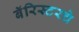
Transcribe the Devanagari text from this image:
बॅरिस्टरचे